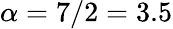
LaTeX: \alpha=7/2=3.5